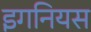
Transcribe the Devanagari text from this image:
इगनियस